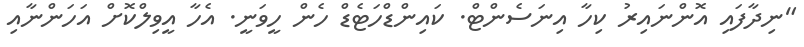
"ނިދާފައި އޮންނައިރު ކިހާ އިނަސެންޓް. ކައިންޑްހަޓެޑް ހެން ހީވަނީ. އެހާ އީވިލްކޮށް އަހަންނާއި